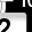
Digit: 2